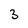
Character: 3